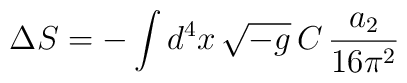
\Delta S=-\int d^4x\,\sqrt{-g}\,C\,\frac{a_2}{16\pi^2}